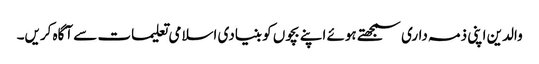
والدین اپنی ذمہ داری سمجھتے ہوئے اپنے بچوں کو بنیادی اسلامی تعلیمات سے آگاہ کریں۔